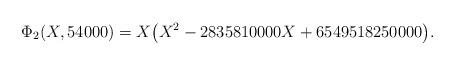
LaTeX: \begin{gather*}\Phi_2(X,54000)=X\big(X^2-2835810000X+6549518250000\big).\end{gather*}